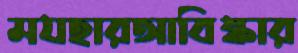
মযহারআবিষ্কার